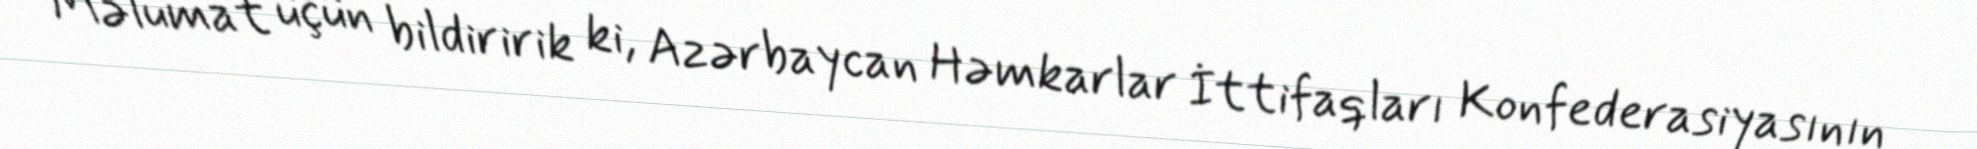
Məlumat üçün bildiririk ki, Azərbaycan Həmkarlar İttifaqları Konfederasiyasının